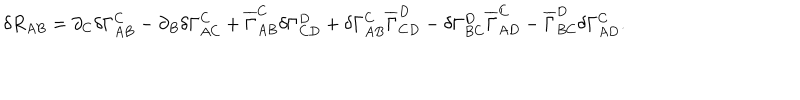
\delta R _ { A B } = \partial _ { C } \delta \Gamma _ { A B } ^ { C } - \partial _ { B } \delta \Gamma _ { A C } ^ { C } + \overline { { { \Gamma } } } _ { A B } ^ { C } \delta \Gamma _ { C D } ^ { D } + \delta \Gamma _ { A B } ^ { C } \overline { { { \Gamma } } } _ { C D } ^ { D } - \delta \Gamma _ { B C } ^ { D } \overline { { { \Gamma } } } _ { A D } ^ { C } - \overline { { { \Gamma } } } _ { B C } ^ { D } \delta \Gamma _ { A D } ^ { C } .